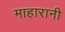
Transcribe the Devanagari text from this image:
माहारानी